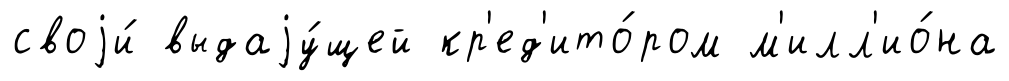
своjи́ выдаjу́щей кр'ед'ито́ром м'илл'ио́на